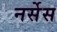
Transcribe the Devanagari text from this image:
नर्सेस